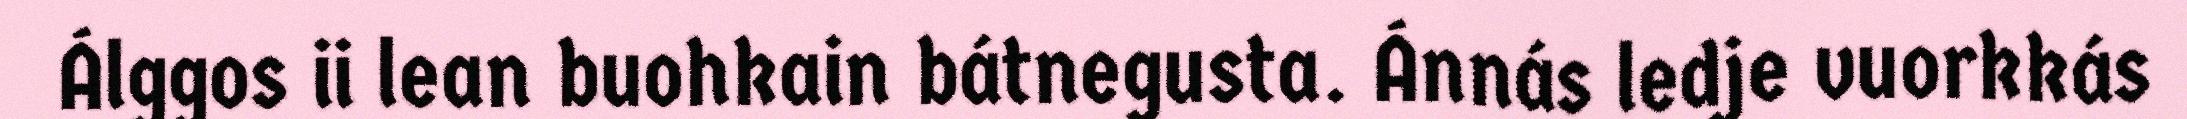
Álggos ii lean buohkain bátnegusta. Ánnás ledje vuorkkás